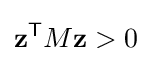
\mathbf {z} ^{\mathsf {T}}M\mathbf {z} >0